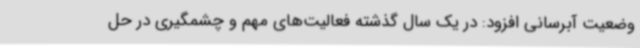
وضعیت آبرسانی افزود: در یک سال گذشته فعالیت‌های مهم و چشمگیری در حل